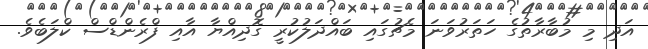
އަދި މި މުބާރާތުގެ ހަތަރުވަނަ މެޗުގަައި ބައްދަލުކުރީ ގޮދިއްޔާ އާއި ފްރެންޑްސް ކްލަބެވެ.